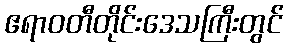
ဧရာဝတီတိုင်းဒေသကြီးတွင်